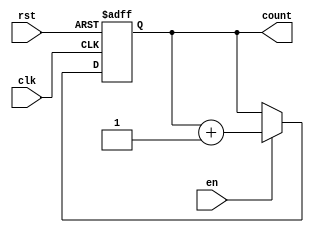
module binary_up_counter (
    input wire clk,        // Clock input
    input wire rst,       // Asynchronous reset
    input wire en,        // Enable signal
    output reg [N-1:0] count // Current count value (N bits)
);

// Parameter for the number of bits in the counter
parameter N = 3; // Change N as needed for different bit widths

// Always block triggered on the rising edge of the clock or reset
always @(posedge clk or posedge rst) begin
    if (rst) begin
        count <= 0; // Reset the counter to 0
    end else if (en) begin
        count <= count + 1; // Increment the counter
    end
end

endmodule